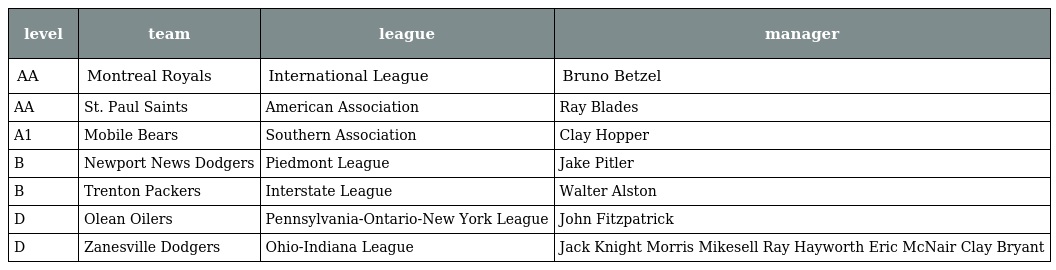
| level | team | league | manager |
 | --- | --- | --- | --- |
 | AA | Montreal Royals | International League | Bruno Betzel |
 | AA | St. Paul Saints | American Association | Ray Blades |
 | A1 | Mobile Bears | Southern Association | Clay Hopper |
 | B | Newport News Dodgers | Piedmont League | Jake Pitler |
 | B | Trenton Packers | Interstate League | Walter Alston |
 | D | Olean Oilers | Pennsylvania-Ontario-New York League | John Fitzpatrick |
 | D | Zanesville Dodgers | Ohio-Indiana League | Jack Knight Morris Mikesell Ray Hayworth Eric McNair Clay Bryant |